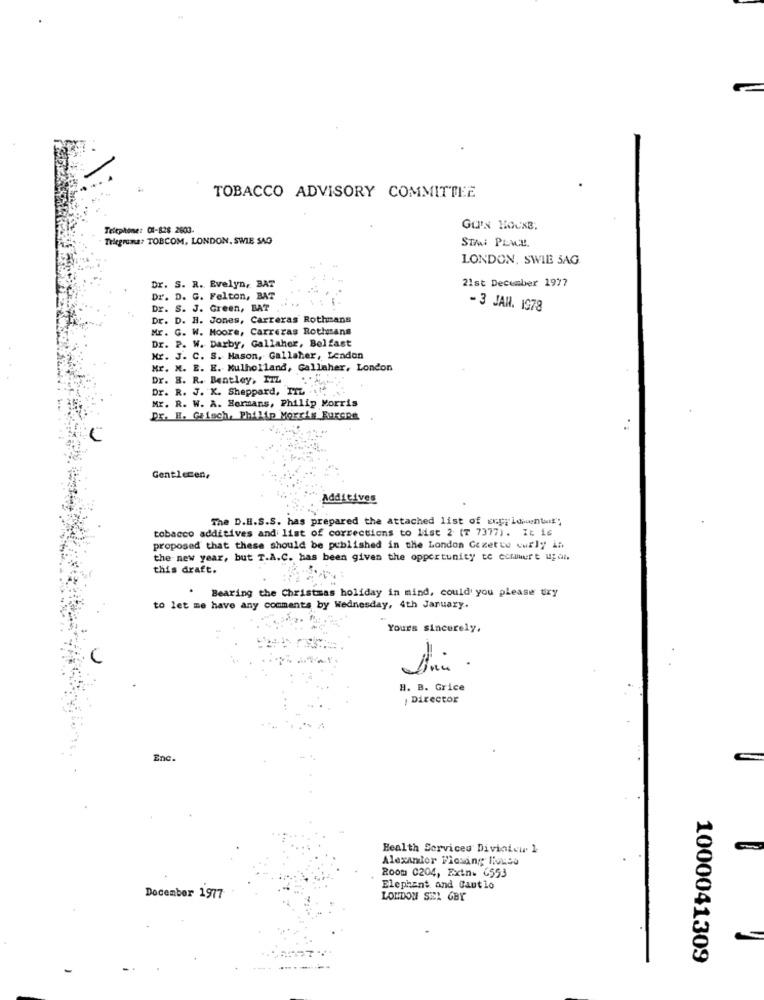
TOBACCO ADVISORY COMMITTEE
Telephone: 01-828 2603
Gu's House.
Telegrama: TOBCOM, LONDON. SWIE SAG
STAN PLACE.
LONDON, SWIE JAG
:--
21st December 1977
Dr. S. R. Evelyn, BAT
Dr. D. G. Felton, BAT
Dr. S. J. Green, BAT
-3 JAN. 1978
Dr. D. H. Jones, Carreras Rothmans
Mr. G. W. Moore, Carreras Rothmans
Dr. P. W. Darby, Gallaher, Belfast
Nr. J. C. S. Hason, Gallaher, Lendon
Mr. N. E. E. Mulholland, Gallaher, London
Dr. B. R. Bentley, IZZ
Dr. R. J. K. Sheppard, ITL
Mr. R. W. A. Hermans, Philip Morris
Dr. H. Gaisch, Philip Morris Burepe
Gentleen,
Additives
The D.H.S.S. has prepared the attached list of exprimentar"
tobacco additives and list of corrections to list 2 (7 7377). It is
proposed that these should be published in the London Gezette uwfly in
the new year, but T.A.C. has been given the opportunity to cotture ugdi.
this draft.
Bearing the Christmas holiday in mind, could you please try
to let me have any comments by Wednesday, 4th January.
Yours sincerely,
H. B. Grice
, Director
Enc.
Health Services Divintew 1
Alexander Picsing House
Room 0204, Extn. 6553
Elephant and Cautlo
December 1977
LONDON SSA GBY
1000041309